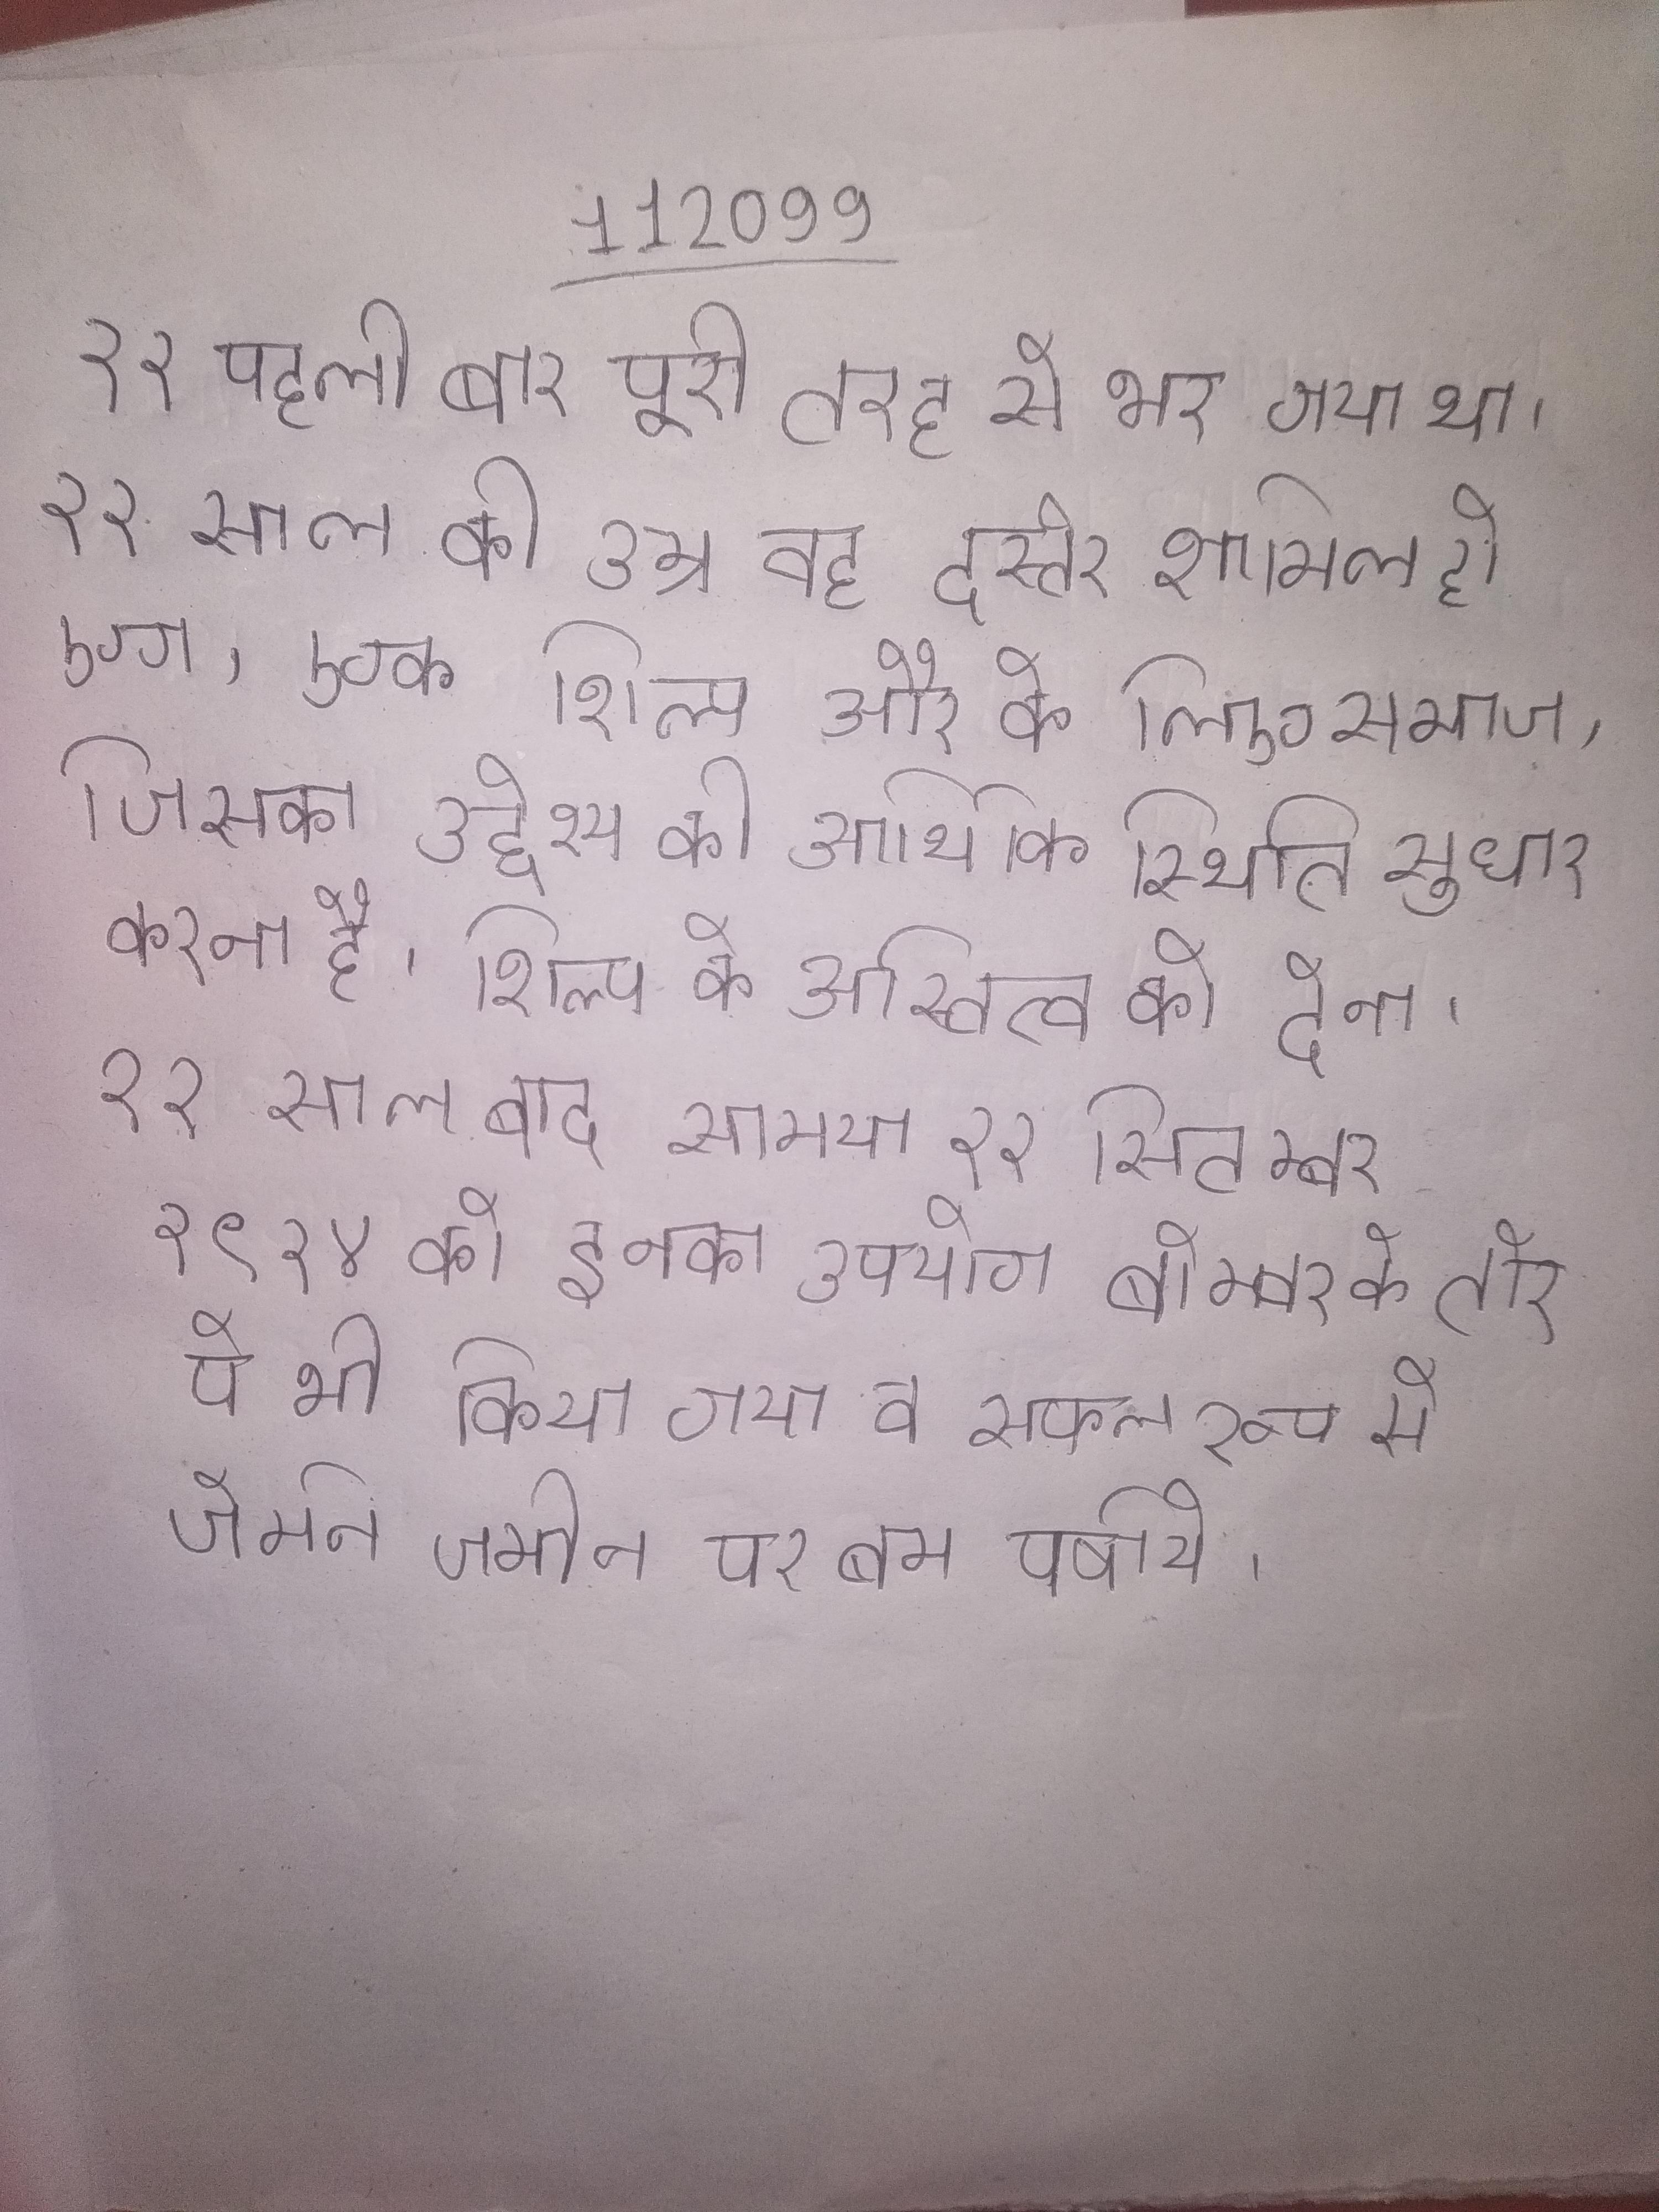
२२ पहली बार पूरी तरह से भर गया था । २२ साल की उम्र वह दस्तेर शामिल हो गए, एक शिल्प और के लिए समाज, जिसका उद्देश्य की आर्थिक स्थिति सुधार करना है, शिल्प के अस्तित्व को देना । २२ साल बाद सामया २२ सितम्बर १९१४ को इनका उपयोग बोम्बर के तोर पे भी किया गया व सफल रूप से जेर्मन जमीन पर बम वर्षाये .